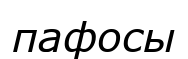
пафосы